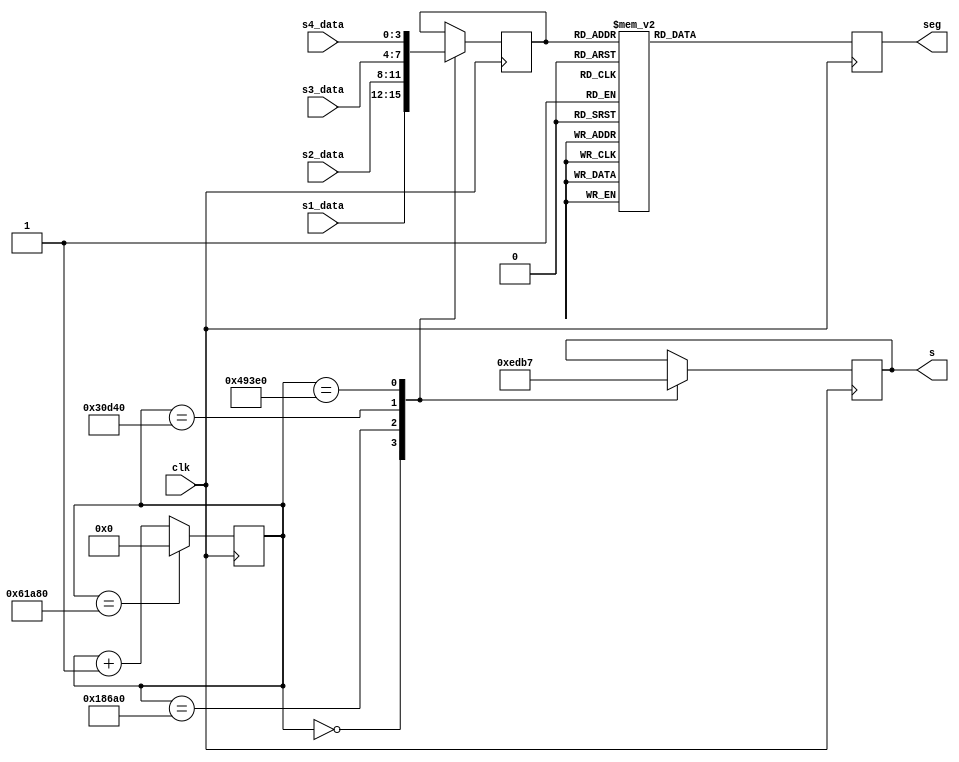
`timescale 1ns / 1ps
//////////////////////////////////////////////////////////////////////////////////
// Company: 
// Engineer: 
// 
// Design Name: 
// Module Name: x7seg
// Project Name: 
// Target Devices: 
// Tool Versions: 
// Description: 
// 
// Dependencies: 
// 
// Revision:
// Revision 0.01 - File Created
// Additional Comments:
// 
//////////////////////////////////////////////////////////////////////////////////


module x7seg(
     input wire [3:0] s1_data,
        input wire [3:0] s2_data,
        input wire [3:0] s3_data,
        input wire [3:0] s4_data,
        input wire clk,
        output reg [6:0] seg,
        output reg [3:0] s
        );
    
    reg [3:0] data;
    reg [18:0] times;
    
    initial times = 0;
    initial s = 4'b0001;
    
    always @ (posedge clk)
        begin
        times <= times + 19'b1;
        case (times)
            19'd000000: begin s <= ~4'b0001; data <= s1_data; end
            19'd100000: begin s <= ~4'b0010; data <= s2_data; end
            19'd200000: begin s <= ~4'b0100; data <= s3_data; end
            19'd300000: begin s <= ~4'b1000; data <= s4_data; end
        endcase
        if(times == 400000)
            times <= 19'b0;
        end
    
    always @ (posedge clk)
    begin
        case(data)
            4'b0000: seg = 7'b1000000;    //0
            4'b0001: seg = 7'b1111001;    //1
            4'b0010: seg = 7'b0100100;    //2
            4'b0011: seg = 7'b0110000;    //3
            4'b0100: seg = 7'b0011001;    //4
            4'b0101: seg = 7'b0010010;    //5
            4'b0110: seg = 7'b0000010;    //6
            4'b0111: seg = 7'b1111000;    //7
            4'b1000: seg = 7'b0000000;    //8
            4'b1001: seg = 7'b0010000;    //9
            4'b1010: seg = 7'b0001000;    //A
            4'b1011: seg = 7'b0000011;    //b
            4'b1100: seg = 7'b1000110;    //C
            4'b1101: seg = 7'b0100001;    //d
            4'b1110: seg = 7'b0000110;    //E
            4'b1111: seg = 7'b0001110;    //F
        endcase
    end
endmodule